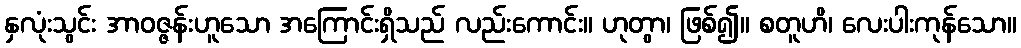
နှလုံးသွင်း အာဝဇ္ဇန်းဟူသော အကြောင်းရှိသည် လည်းကောင်း။ ဟုတွာ၊ ဖြစ်၍။ စတူဟိ၊ လေးပါးကုန်သော။